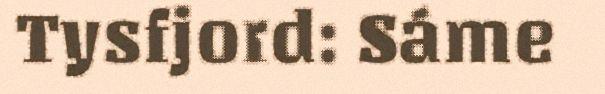
Tysfjord: Sáme